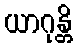
ယာဂုန္တိ